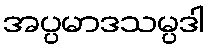
အပ္ပမာဒသမ္ပဒါ